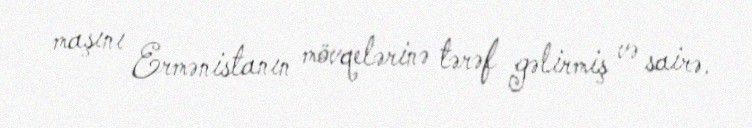
maşını Ermənistanın mövqelərinə tərəf gəlirmiş və sairə.